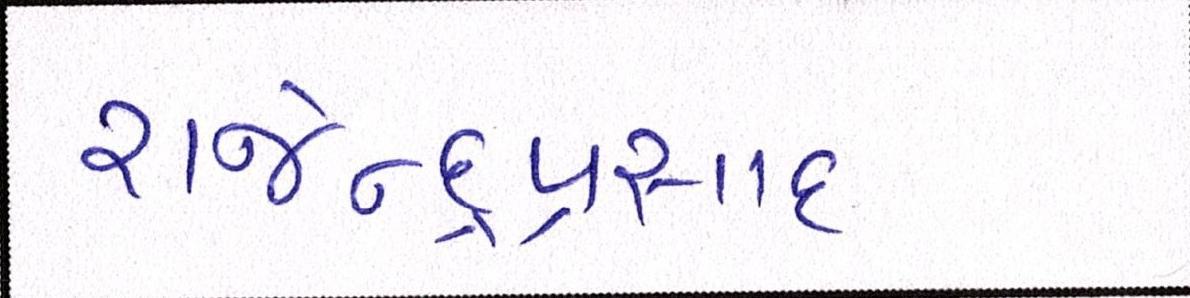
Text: રાજેન્દ્રપ્રસાદ